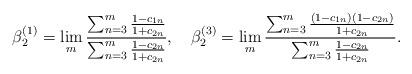
LaTeX: \begin{align*}\beta^{(1)}_2=\lim_m\frac{\sum_{n=3}^m\frac{1-c_{1n}}{1+c_{2n}}}{\sum_{n=3}^m\frac{1-c_{2n}}{1+c_{2n}}},\quad\beta^{(3)}_2=\lim_m\frac{\sum_{n=3}^m\frac{(1-c_{1n})(1-c_{2n})}{1+c_{2n}}}{\sum_{n=3}^m\frac{1-c_{2n}}{1+c_{2n}}}.\end{align*}